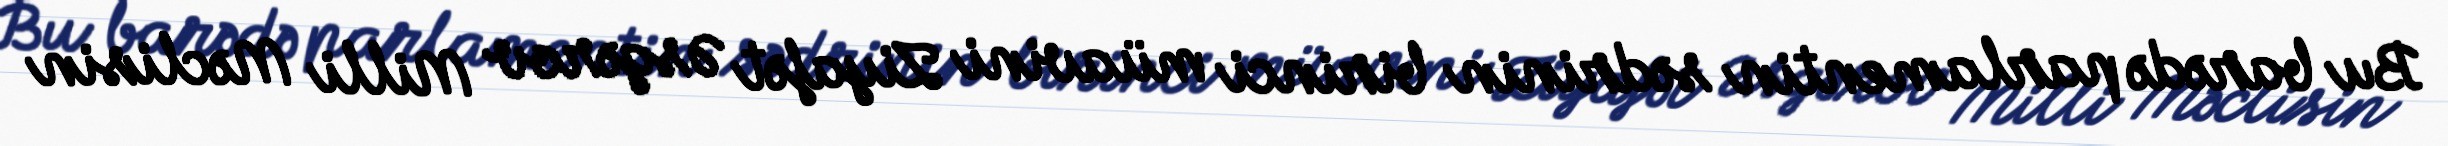
Bu barədə parlamentin sədrinin birinci müavini Ziyafət Əsgərov Milli Məclisin